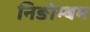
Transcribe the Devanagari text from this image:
निङोम्बम